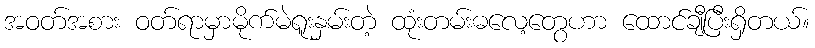
အဝတ်အစား ဝတ်ရာမှာမိုက်မဲရူးနှမ်းတဲ့ ထုံးတမ်းဓလေ့တွေဟာ ထောင်ချီပြီးရှိတယ်။